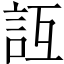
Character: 𧥮